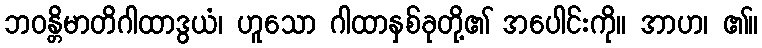
ဘဝန္တိမာတိဂါထာဒွယံ၊ ဟူသော ဂါထာနှစ်ခုတို့၏ အပေါင်းကို။ အာဟ၊ ၏။